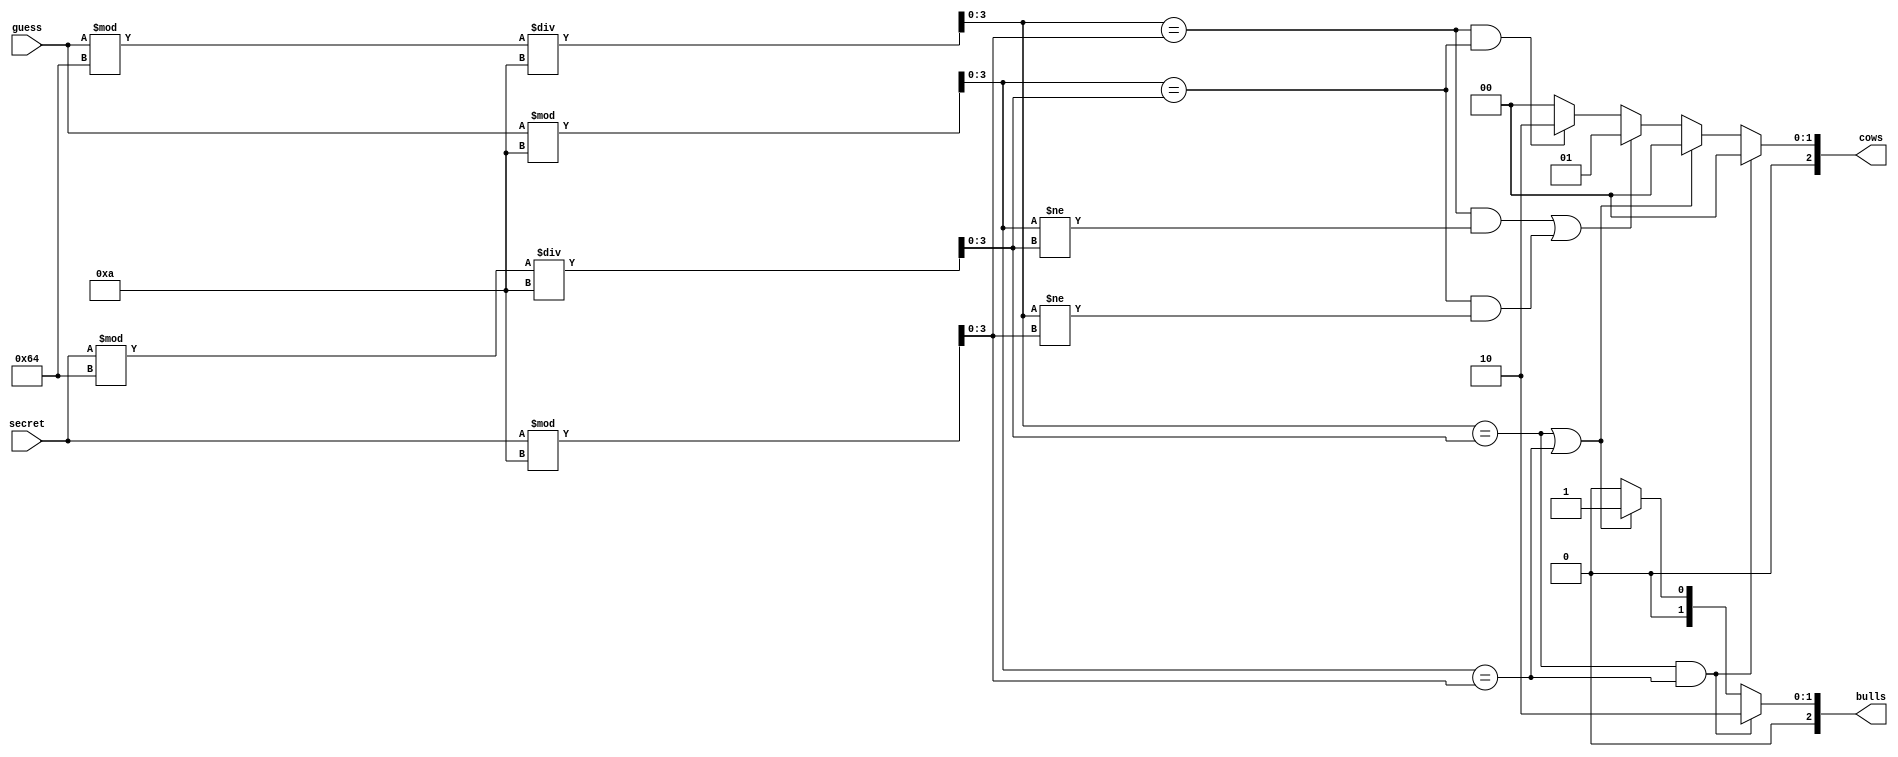
`timescale 1ns / 1ps
module bonus(
    input [7:0] secret,guess,
    output reg[2:0] bulls,cows
    );
    reg[3:0] A,B,a,b;
    always@(*)
    begin
        A = secret%100/10;
        B = secret%10;
        a = guess%100/10;
        b = guess%10;
        if(a==A && b==B)
        begin
            bulls=3'b010;
            cows=3'b000;
        end
        else if(a==A || b==B)
        begin
             bulls=3'b001;
             cows=3'b000;
        end
        else if((a==B && b!=A) || (b==A && a!=B))
        begin
             bulls=3'b000;
             cows=3'b001;
        end
        else if(a==B && b==A)
        begin
             bulls=3'b000;
             cows=3'b010;
        end
        else
        begin
            bulls=3'b000;
            cows=3'b000;
        end             
    end
endmodule